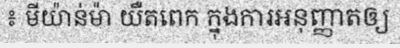
៖ មីយ៉ាន់ម៉ា យឺតពេក ក្នុងការអនុញ្ញាតឲ្យ